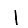
Digit: 1